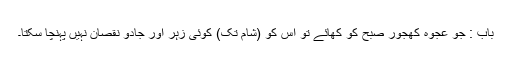
باب : جو عجوہ کھجور صبح کو کھائے تو اس کو (شام تک) کوئی زہر اور جادو نقصان نہیں پہنچا سکتا۔